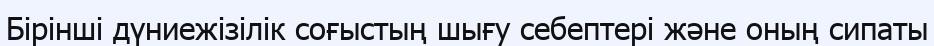
Бірінші дүниежізілік соғыстың шығу себептері және оның сипаты